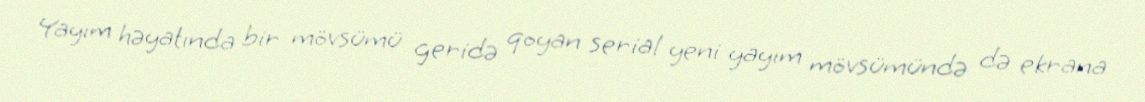
Yayım həyatında bir mövsümü geridə qoyan serial yeni yayım mövsümündə də ekrana